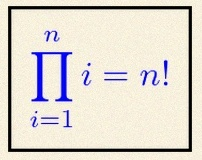
\prod_{i=1}^{n}i=n!